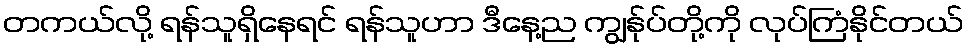
တကယ်လို့ ရန်သူရှိနေရင် ရန်သူဟာ ဒီနေ့ည ကျွန်ုပ်တို့ကို လုပ်ကြံနိုင်တယ်